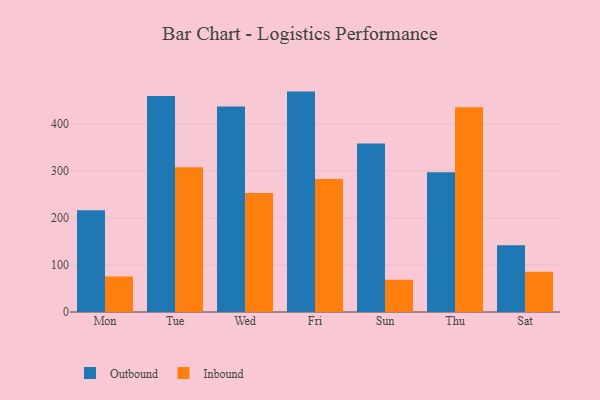
{"axis": {"x": "Day", "y": "Waste Production (Tons)"}, "legend": ["Inbound", "Outbound"], "data": [{"x": "Mon", "y": 216.0, "type": "Outbound"}, {"x": "Mon", "y": 75.4, "type": "Inbound"}, {"x": "Tue", "y": 459.1, "type": "Outbound"}, {"x": "Tue", "y": 307.8, "type": "Inbound"}, {"x": "Wed", "y": 436.4, "type": "Outbound"}, {"x": "Wed", "y": 252.6, "type": "Inbound"}, {"x": "Fri", "y": 468.3, "type": "Outbound"}, {"x": "Fri", "y": 282.8, "type": "Inbound"}, {"x": "Sun", "y": 357.9, "type": "Outbound"}, {"x": "Sun", "y": 68.5, "type": "Inbound"}, {"x": "Thu", "y": 296.8, "type": "Outbound"}, {"x": "Thu", "y": 435.3, "type": "Inbound"}, {"x": "Sat", "y": 142.0, "type": "Outbound"}, {"x": "Sat", "y": 85.5, "type": "Inbound"}]}